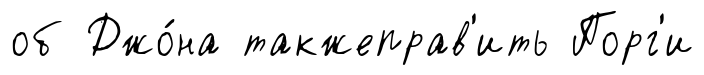
об Джо́на такжеправ'ить Порг'и